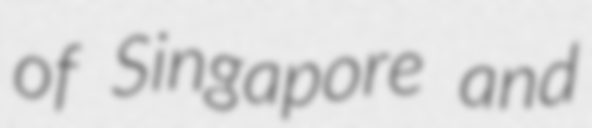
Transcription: of Singapore and